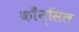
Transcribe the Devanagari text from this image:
काँन्सिल